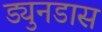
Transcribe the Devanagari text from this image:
ड्युनडास